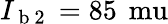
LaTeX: I_{\mathrm{~b~2~}}=85\, \mathrm{\ mu}